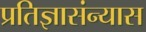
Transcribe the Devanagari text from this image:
प्रतिज्ञासंन्यास